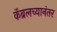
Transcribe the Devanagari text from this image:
कॅब्रलच्यानंतर